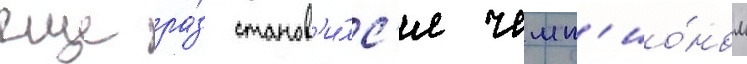
еще ра́з станов'и́лс'я чемп'ио́ном